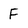
Character: F